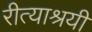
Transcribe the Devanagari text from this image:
रीत्याश्रयी